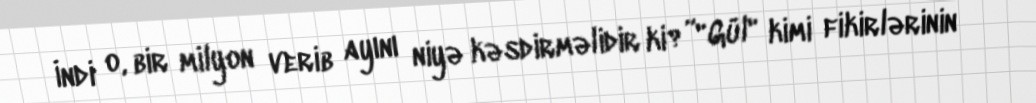
İndi o, bir milyon verib ayını niyə kəsdirməlidir ki?”"Gül" kimi fikirlərinin